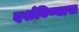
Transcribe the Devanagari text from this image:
दर्शविण्यास